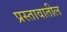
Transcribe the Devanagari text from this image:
प्रस्तावातील